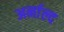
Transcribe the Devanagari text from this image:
अर्नाल्द